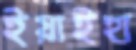
ইয়াইহা